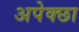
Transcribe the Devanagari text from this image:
अपेक्छा